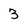
Character: 3